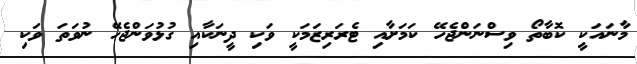
މާނައަކީ ކޮބާތޯ ވިސްނަންޖެހޭ ކަމަށާއި ޓެރަރިޒަމަކީ ވަކި ދީނަކާއި ގުޅުވަންޖެހޭ ނުވަތަ ވަކި